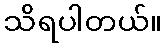
သိရပါတယ်။